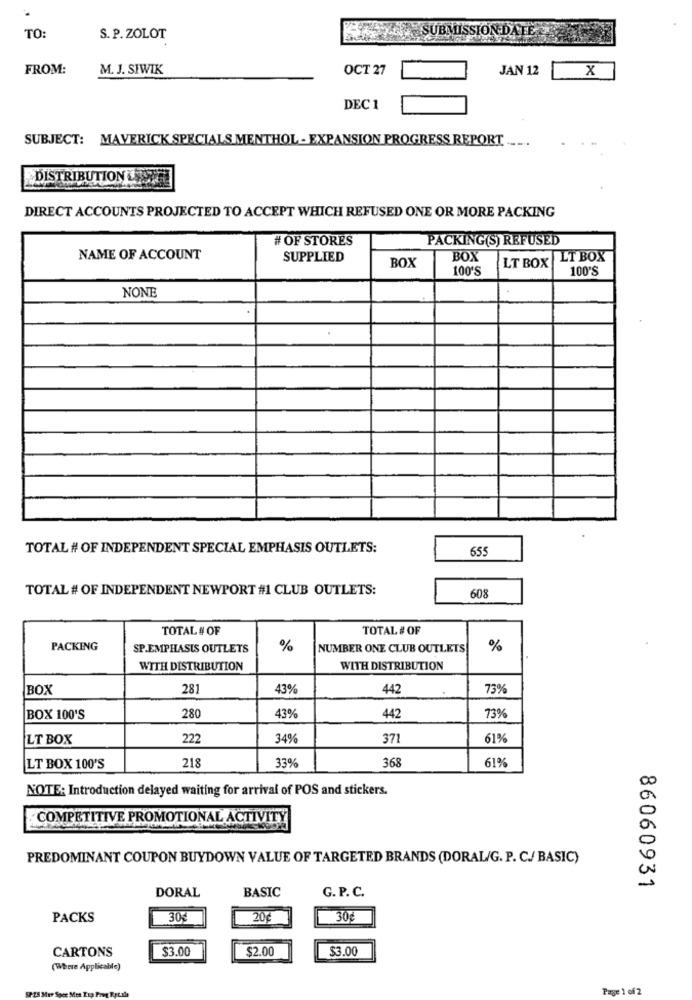
SUBMISSION DATE
TO:
S. P. ZOLOT
FROM:
M. J. SIWIK
OCT 27
JAN 12
x
DEC 1
SUBJECT: MAVERICK SPECIALS MENTHOL - EXPANSION PROGRESS REPORT .....
DISTRIBUTION LISTE
DIRECT ACCOUNTS PROJECTED TO ACCEPT WHICH REFUSED ONE OR MORE PACKING
# OF STORES
PACKING(S) REFUSED
NAME OF ACCOUNT
SUPPLIED
BOX
BOX
LT BOX
100'S
LT BOX
100'S
NONE
TOTAL # OF INDEPENDENT SPECIAL EMPHASIS OUTLETS:
655
TOTAL # OF INDEPENDENT NEWPORT #1 CLUB OUTLETS:
608
TOTAL # OF
TOTAL # OF
PACKING
SP.EMPHASIS OUTLETS
%
NUMBER ONE CLUB OUTLETS
%
WITH DISTRIBUTION
WITH DISTRIBUTION
BOX
281
43%
442
73%
BOX 100'S
280
43%
442
73%
LT BOX
222
34%
37
61%
218
368
61%
LT BOX 100'S
33%
CC
NOTE: Introduction delayed waiting for arrival of POS and stickers.
COMPETITIVE PROMOTIONAL ACTIVITY
0
PREDOMINANT COUPON BUYDOWN VALUE OF TARGETED BRANDS (DORAL/G. P. C./ BASIC)
0
DORAL
BASIC
G. P. C.
86060931
PACKS
30€
20g
30€
CARTONS
$3.00
$2.00
$3.00
(Where Applicable)
Page 1 of 2